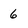
Character: 6